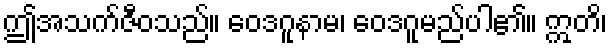
ဤအသက်ဇီဝသည်။ ဝေဒဂူနာမ၊ ဝေဒဂူမည်ပါ၏။ ဣတိ၊